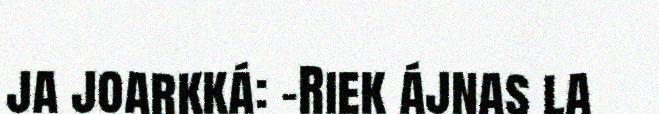
ja joarkká: -Riek ájnas la